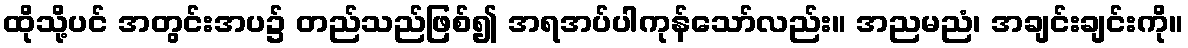
ထိုသို့ပင် အတွင်းအပ၌ တည်သည်ဖြစ်၍ အရအပ်ပါကုန်သော်လည်း။ အညမညံ၊ အချင်းချင်းကို။